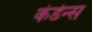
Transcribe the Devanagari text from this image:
कंडेन्स